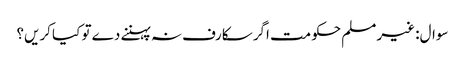
سوال: غیر مسلم حکومت اگر سکارف نہ پہننے دے تو کیا کریں؟